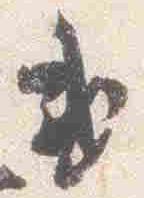
或